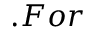
. F o r